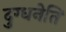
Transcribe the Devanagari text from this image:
दुग्धनेति